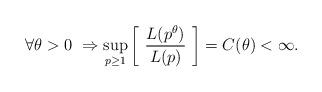
LaTeX: \begin{align*} \forall \theta > 0 \ \Rightarrow \sup_{p \ge 1} \left[ \ \frac{L(p^{\theta})}{L(p)} \ \right] = C(\theta) < \infty.\end{align*}